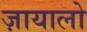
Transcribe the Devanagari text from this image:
ज़ायालो